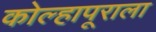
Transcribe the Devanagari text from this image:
कोल्हापूराला